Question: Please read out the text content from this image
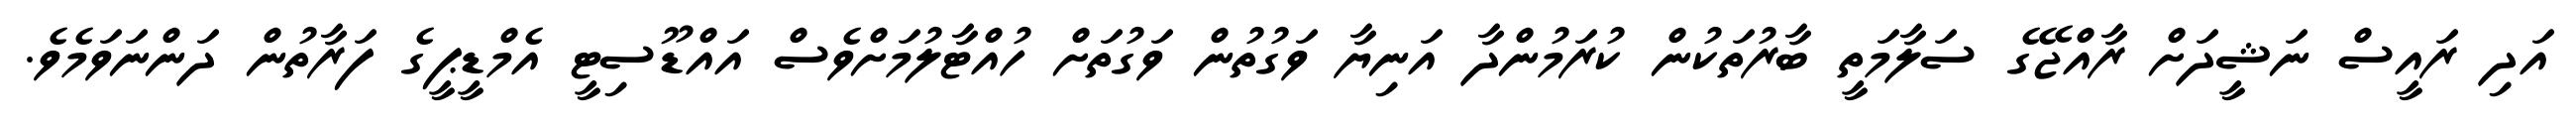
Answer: އަދި ރައީސް ނަޝީދަށް ރާއްޖޭގެ ސަލާމަތީ ބާރުތަކުން ކުރަމުންދާ އަނިޔާ ވަގުތުން ވަގުތަށް ހުއްޓާލުމަށްވެސް އައްޑޫސިޓީ އެމްޑީޕީގެ ފަރާތުން ދަންނަވަމެވެ.